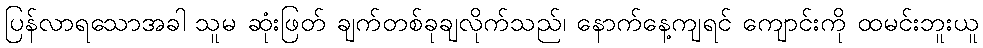
ပြန်လာရသောအခါ သူမ ဆုံးဖြတ် ချက်တစ်ခုချလိုက်သည်၊ နောက်နေ့ကျရင် ကျောင်းကို ထမင်းဘူးယူ